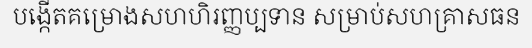
បង្កើតគម្រោងសហហិរញ្ញប្បទាន សម្រាប់សហគ្រាសធន